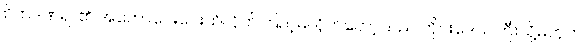
စိတ်ဒဏ်ရာ၏ အတော်ဝေးဝေးထိလိုက်ကြည့်မိလိုက်တော့သည် တိုင်းဒေသကြီးသို့မဟုတ်